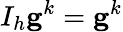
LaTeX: I_{h}\mathbf{g}^{k}=\mathbf{g}^{k}